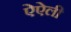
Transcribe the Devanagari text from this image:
ऐऐली